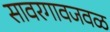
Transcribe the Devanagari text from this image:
सावरगावजवळ